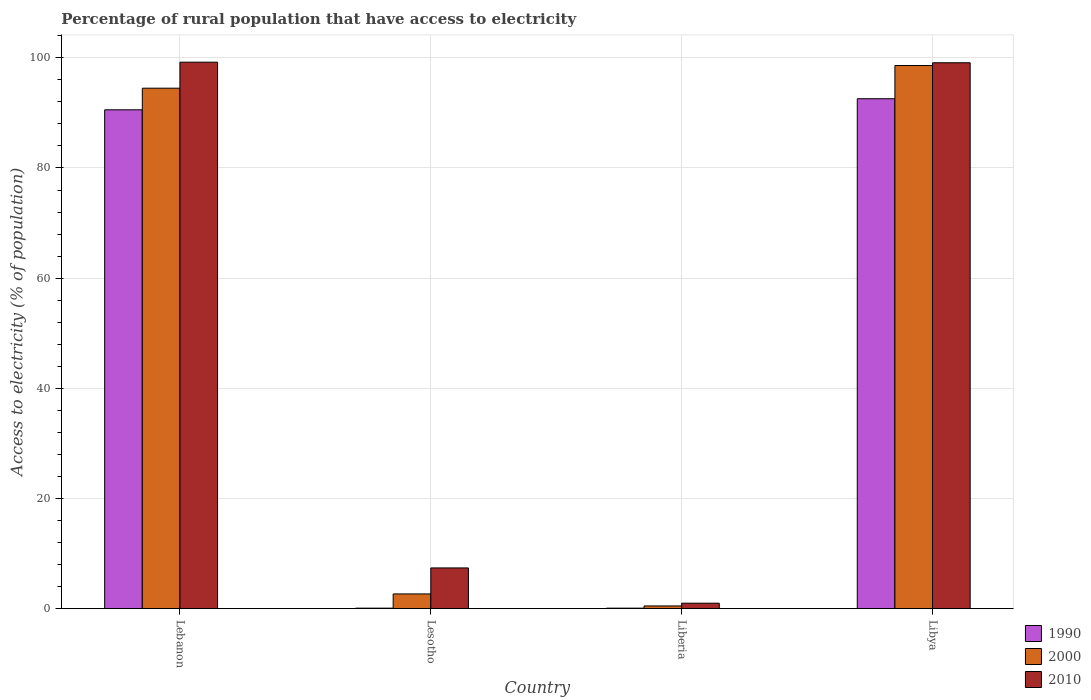
| Country | 1990 | 2000 | 2010 |
 | --- | --- | --- | --- |
 | Lebanon | 90.6 | 94.5 | 99.2 |
 | Lesotho | 0.1 | 2.68 | 7.4 |
 | Liberia | 0.1 | 0.5 | 1 |
 | Libya | 92.6 | 98.6 | 99.1 |